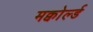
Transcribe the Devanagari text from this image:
मक्वोर्ल्ड